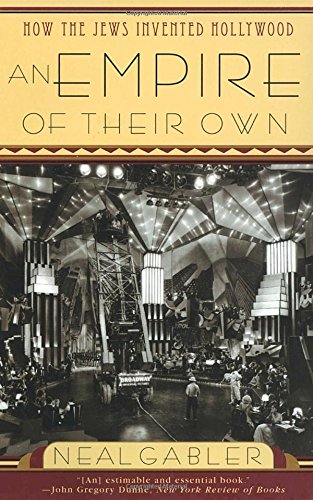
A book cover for An Empire of Their Own: How the Jews Invented Hollywood; Neal Gabler; Humor & Entertainment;